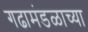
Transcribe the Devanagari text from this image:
गढामंडळाच्या